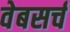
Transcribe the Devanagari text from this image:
वेबसर्च